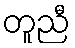
တူညီ